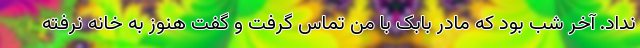
نداد. آخر شب بود که مادر بابک با من تماس گرفت و گفت هنوز به خانه نرفته